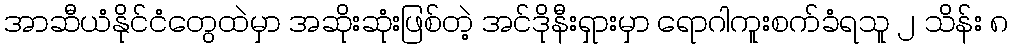
အာဆီယံနိုင်ငံတွေထဲမှာ အဆိုးဆုံးဖြစ်တဲ့ အင်ဒိုနီးရှားမှာ ရောဂါကူးစက်ခံရသူ ၂ သိန်း ၈